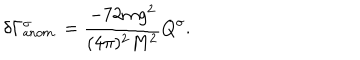
LaTeX: \delta \Gamma _ { \sf { a n o m . } } ^ { \sigma } = \frac { - 7 2 m g ^ { 2 } } { ( 4 \pi ) ^ { 2 } M ^ { 2 } } Q ^ { \sigma } .